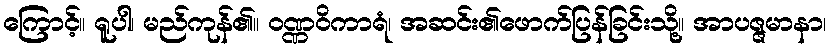
ကြောင့်။ ရူပါ၊ မည်ကုန်၏။ ဝဏ္ဏဝိကာရံ၊ အဆင်း၏ဖောက်ပြန်ခြင်းသို့။ အာပဇ္ဇမာနာ၊